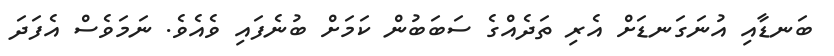
ބަނޑާއި އުނަގަނޑަށް އެރި ތަދެއްގެ ސަބަބުން ކަމަށް ބުނެފައި ވެއެވެ. ނަމަވެސް އެފަދަ